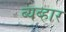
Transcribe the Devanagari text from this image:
ब्यब्हार